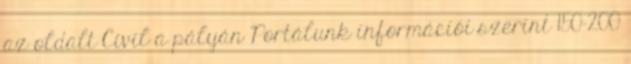
az oldalt Civil a pályán Portálunk információi szerint 150-200